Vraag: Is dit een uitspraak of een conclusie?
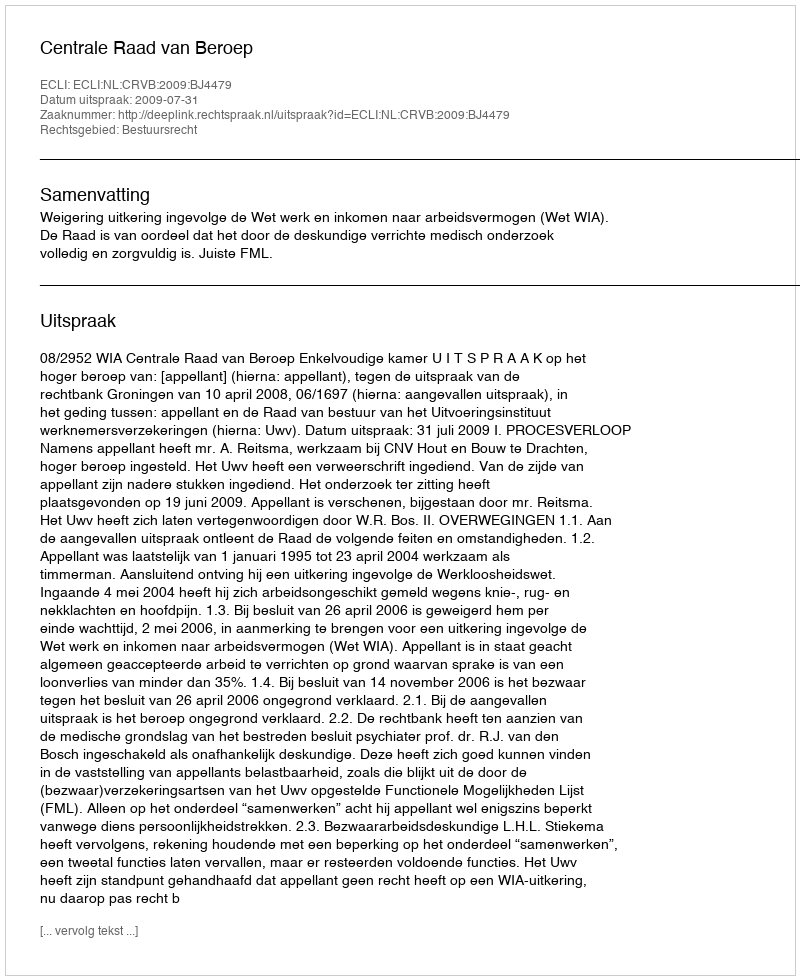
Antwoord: Uitspraak